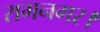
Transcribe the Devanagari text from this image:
रामनगर।